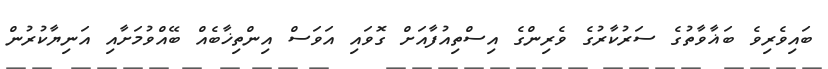
ބައިވެރިވެ ބަޣާވާތުގެ ސަރުކާރުގެ ވެރިންގެ އިސްތިއުފާއަށް ގޮވައި އަވަސް އިންތިޚާބެއް ބޭއްވުމަށާއި އަނިޔާކުރުން